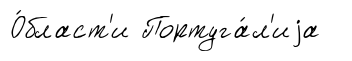
О́бласт'и Португа́л'иjа